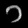
Digit: ၁